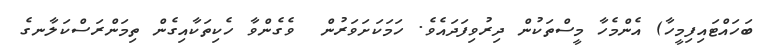
ބަހައްޓައިފިމީހާ) އެންމެހާ މީސްތަކުން ދިރުވިފަދައެވެ. ހަމަކަށަވަރުން  ވެގެންވާ ހެކިތަކާއިގެން ތިމަންރަސްކަލާނގެ